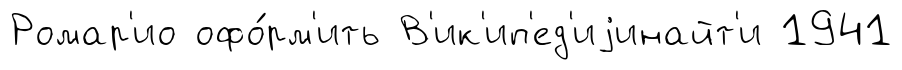
Ромар'ио офо́рм'ить В'ик'ип'ед'иjинайт'и 1941